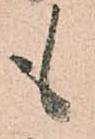
も